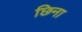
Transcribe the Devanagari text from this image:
छिना